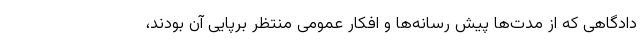
دادگاهی که از مدت‌ها پیش رسانه‌ها و افکار عمومی منتظر برپایی آن بودند،